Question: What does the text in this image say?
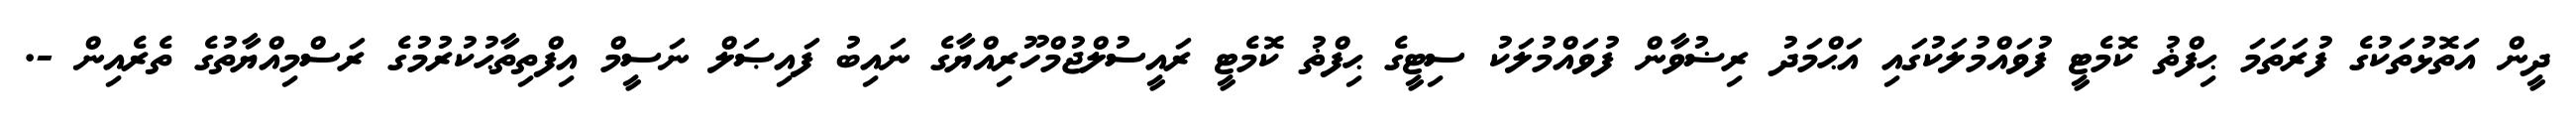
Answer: ދީން އަތޮޅުތަކުގެ ފުރަތަމަ ޙިފްޡު ކޮމެޓީ ފުވައްމުލަކުގައި އަޙްމަދު ރިޟުވާން ފުވައްމުލަކު ސިޓީގެ ޙިފްޡު ކޮމެޓީ ރައީސުލްޖުމްހޫރިއްޔާގެ ނައިބު ފައިޞަލް ނަސީމް އިފްތިތާޙުކުރުމުގެ ރަސްމިއްޔާތުގެ ތެރެއިން -.